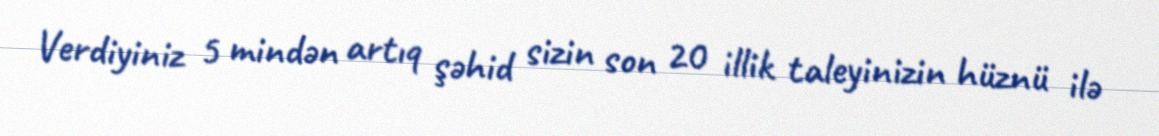
Verdiyiniz 5 mindən artıq şəhid sizin son 20 illik taleyinizin hüznü ilə